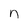
Character: n